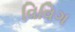
વિવિગ